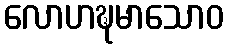
လောဟဍ္ဎမာသောဝ